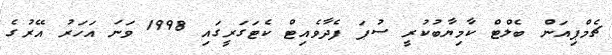
ޗެމްޕިއަން ބެލްޓް ކާމިޔާބުކުރީ ސުޕަ ފެދާވެއިޓް ކެޓަގަރީގައި 1998 ވަނަ އަހަރު އޭރުގެ